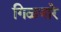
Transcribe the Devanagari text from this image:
गिळणारे